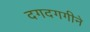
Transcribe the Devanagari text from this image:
दगदगगीने